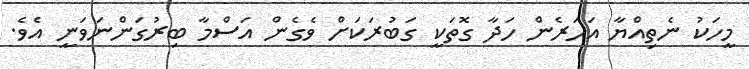
މީހަކު ނެތިއްޔާ އަހަރެން ހަދާ ގޮތަކީ ގަބުރަކަށް ވެގެން އަސްމާ ބިރުގަންނަވަނީ އެވެ.